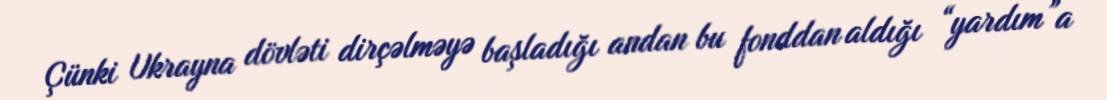
Çünki Ukrayna dövləti dirçəlməyə başladığı andan bu fonddan aldığı “yardım”a